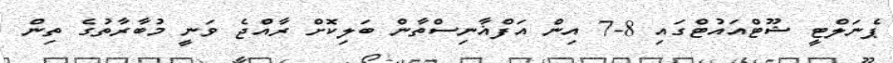
ޕެނަލްޓީ ޝޫޓްއައުޓްގައި 8-7 އިން އަފްޣާނިސްތާން ބަލިކޮށް ރާއްޖެ ވަނީ މުބާރާތުގެ ތިން